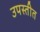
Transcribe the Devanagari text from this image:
उपस्तीत